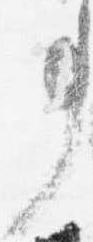
事